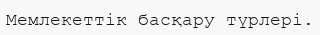
Мемлекеттік басқару түрлері.